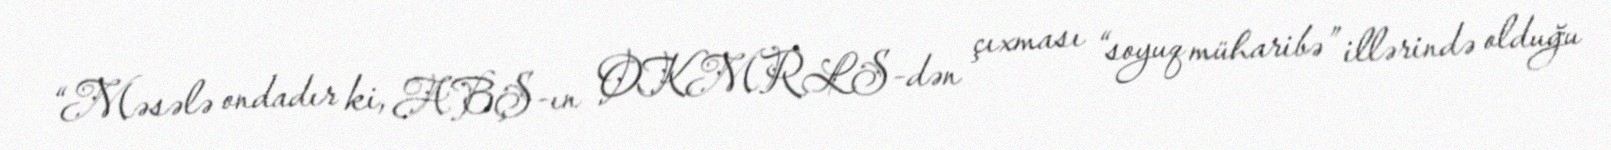
“Məsələ ondadır ki, ABŞ-ın OKMRLS-dən çıxması “soyuq müharibə” illərində olduğu